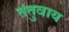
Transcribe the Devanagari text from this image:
तंतुवाय